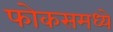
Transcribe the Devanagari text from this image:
फोकसमध्ये